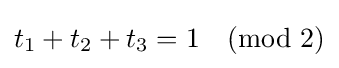
t_{1}+t_{2}+t_{3}=1{\pmod {2}}